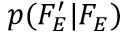
p ( F _ { E } ^ { \prime } | F _ { E } )